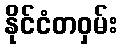
နိုင်ငံတဝှမ်း